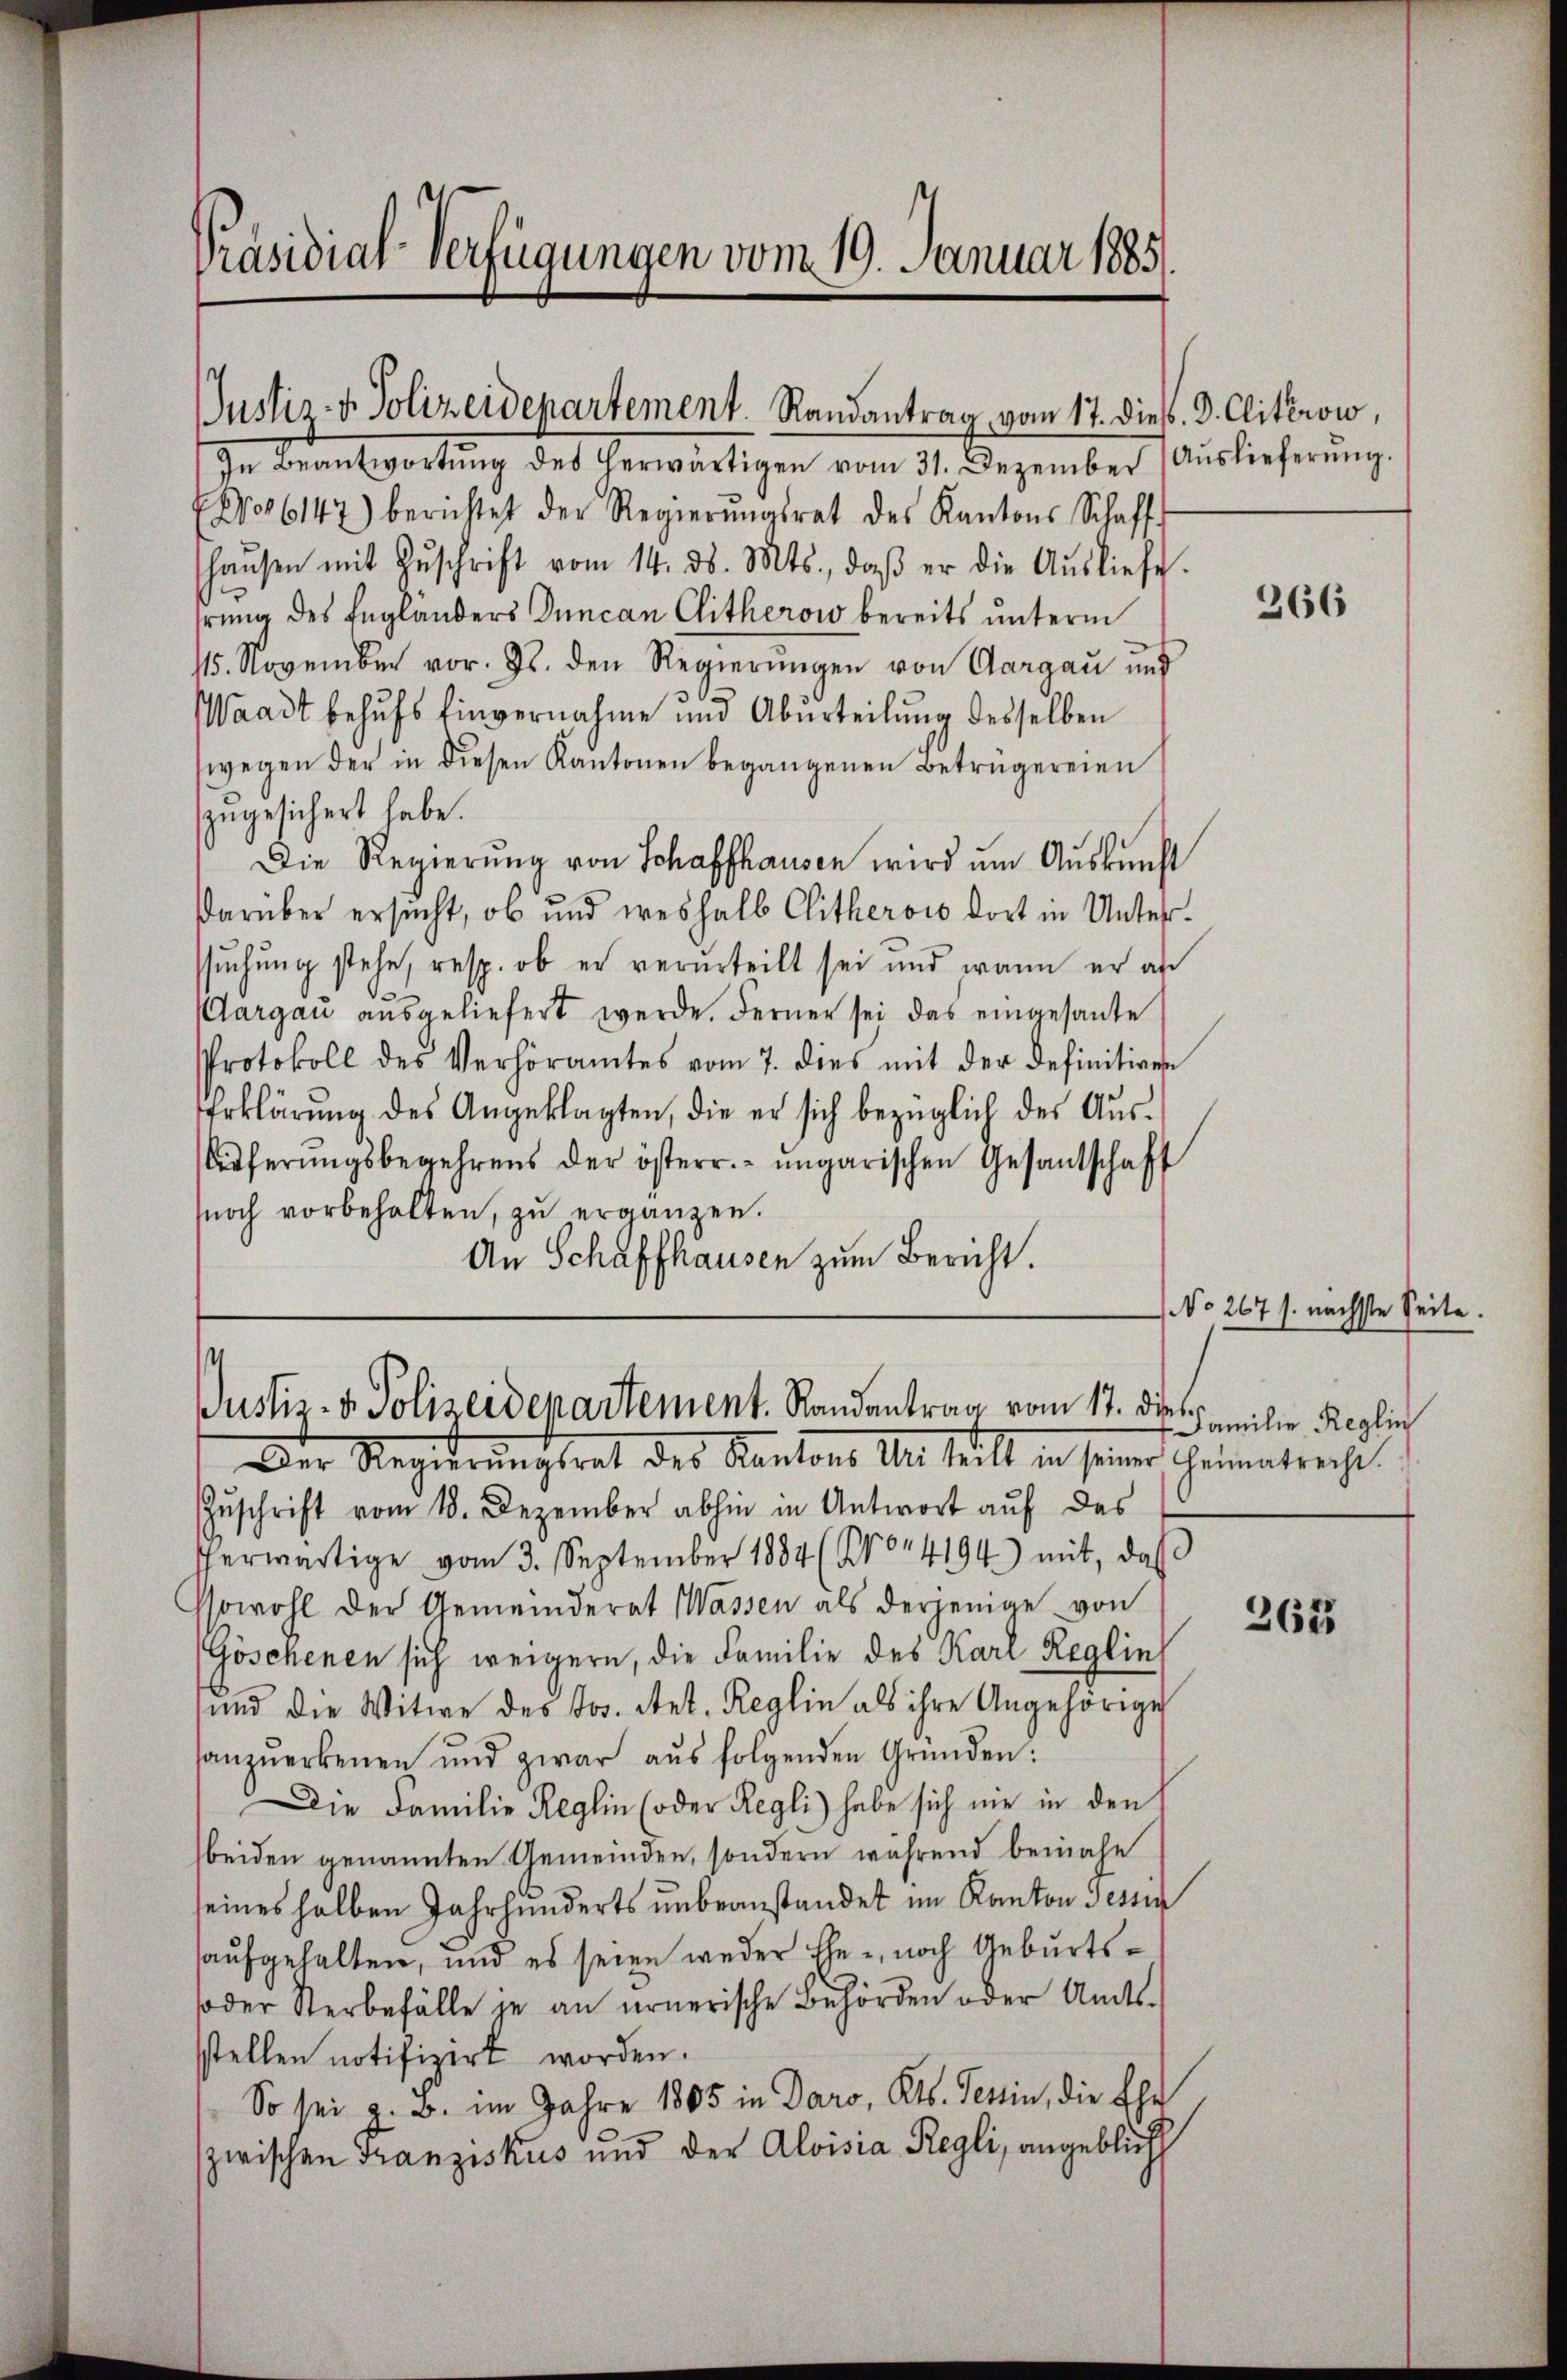
Präsidial-Verfügungen vom 19. Januar 1885.

Justiz- & Polizeidepartement. Randantrag vom 17. dieß. D. Clitérow,

Justiz- & Polizeidepartement. Randantrag vom 17. di
Der Regierungsrat des Kantons U. teilt in seiner Heimatrecht

In Beantwortung des herwärtigen vom 31. Dezember Auslieferŭng.
6147) berichtet der Regierŭngsrat des Kantons Schaff-
haŭsen mit Zŭschrift vom 14. d. Mts., daβ er die Aŭsliefe.
hrung des Engländers Duncan Clitherow bereits unterm
15. November vor. Js. den Regierŭngen von Aargau und
Waadt behufs Einvernahme und Aberteilŭng desselben
wegen der in diesen Kantonen begangenen Betrügereien
szugesichert habe.
Die Regierŭng von Schaffhausen wird ŭm Aŭskŭnft
darüber ersucht, ob und weshalb Clitherois dort in Unterssuchung stehe, resp. ob er verurteilt sei und wann er an
Aargau ausgeliefert werde. Ferner sei das eingesante
Protokoll des Verhöramtes vom 7. dies mit der definitiven
Erklärung des Angeklagten, die er sich bezüglich des Aus¬
Aferŭngsbegehrens der österr. ungarischen Gesandschaft
soch vorbehalten, zŭ ergänzen.
An Schaffhausen zum Bericht.

Zuschrift vom 18. Dezember abhin in Antwort auf des
erwärtige vom 3. September 1884 (204194) mit, daβ
Sowohl der Gemeinderat Wassen als derjenige von
Göschenen sich weigern, die Familie des Karl Reglin
und die Witwe des Jos. Art. Reglin als ihre Angehörige
anzuerkennen und zwar aŭs folgenden Gründen:
Die Familie Reglin (oder Regli habe sich nie in den
beiden genannten Gemeinden, sondern während beinahe
seines halben Jahrhunderts unbeanstandet im Kanton Tessin
aufgehalten, und es seien weder Ehe, noch Geburts¬
oder Sterbefälle je an ernerische Behörden oder Amts-
stellen notifizirt worden.
So sei z. B. im Jahre 1805 in Daro, Kts. Tettin, die Ehe
zwischen Franziskus und der Aloisia Regli, angeblich

366

No 267 s. nächste Seite.
Familie Reglin

362